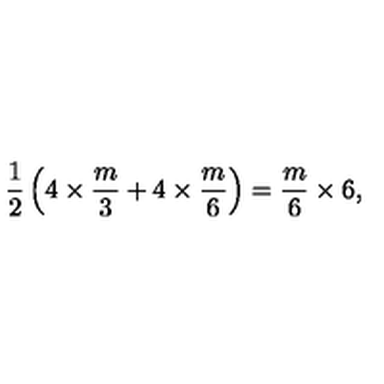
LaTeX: \frac { 1 } { 2 } \left( 4 \times \frac { m } { 3 } + 4 \times \frac { m } { 6 } \right) = \frac { m } { 6 } \times 6 ,